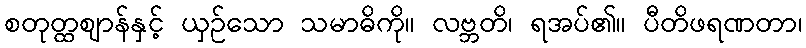
စတုတ္ထဈာန်နှင့် ယှဉ်သော သမာဓိကို။ လဗ္ဘတိ၊ ရအပ်၏။ ပီတိဖရဏတာ၊